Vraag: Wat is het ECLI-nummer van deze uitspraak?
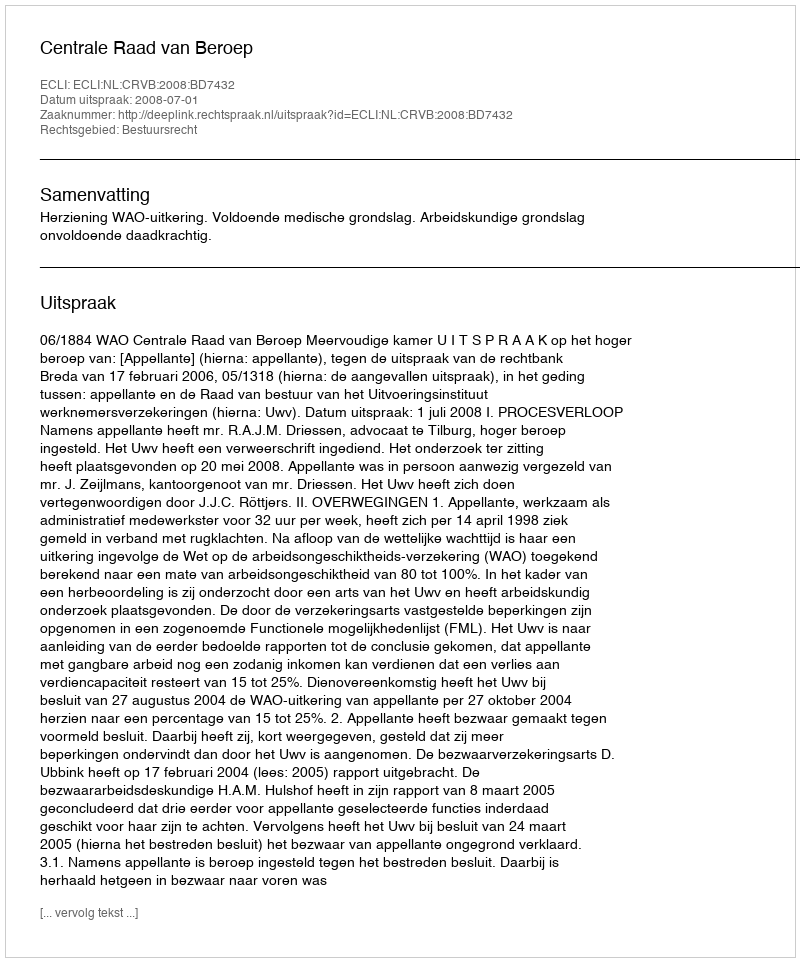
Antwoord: ECLI:NL:CRVB:2008:BD7432